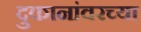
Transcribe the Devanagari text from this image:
दुकानांवरच्या